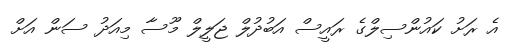
އެ ރަށު ކައުންސިލްގެ ރައީސް އަބުދުލް ޖަލީލް މޫސާ މިއަދު ސަން އަށް